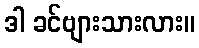
ဒါ ခင်ဗျားသားလား။